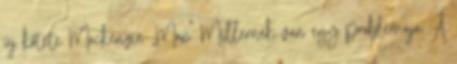
új kötete Mackenzie „Max” Millernek van egy problémája. A